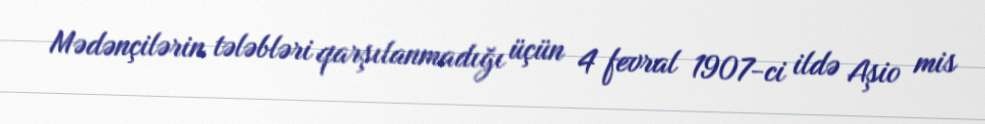
Mədənçilərin tələbləri qarşılanmadığı üçün 4 fevral 1907-ci ildə Aşio mis